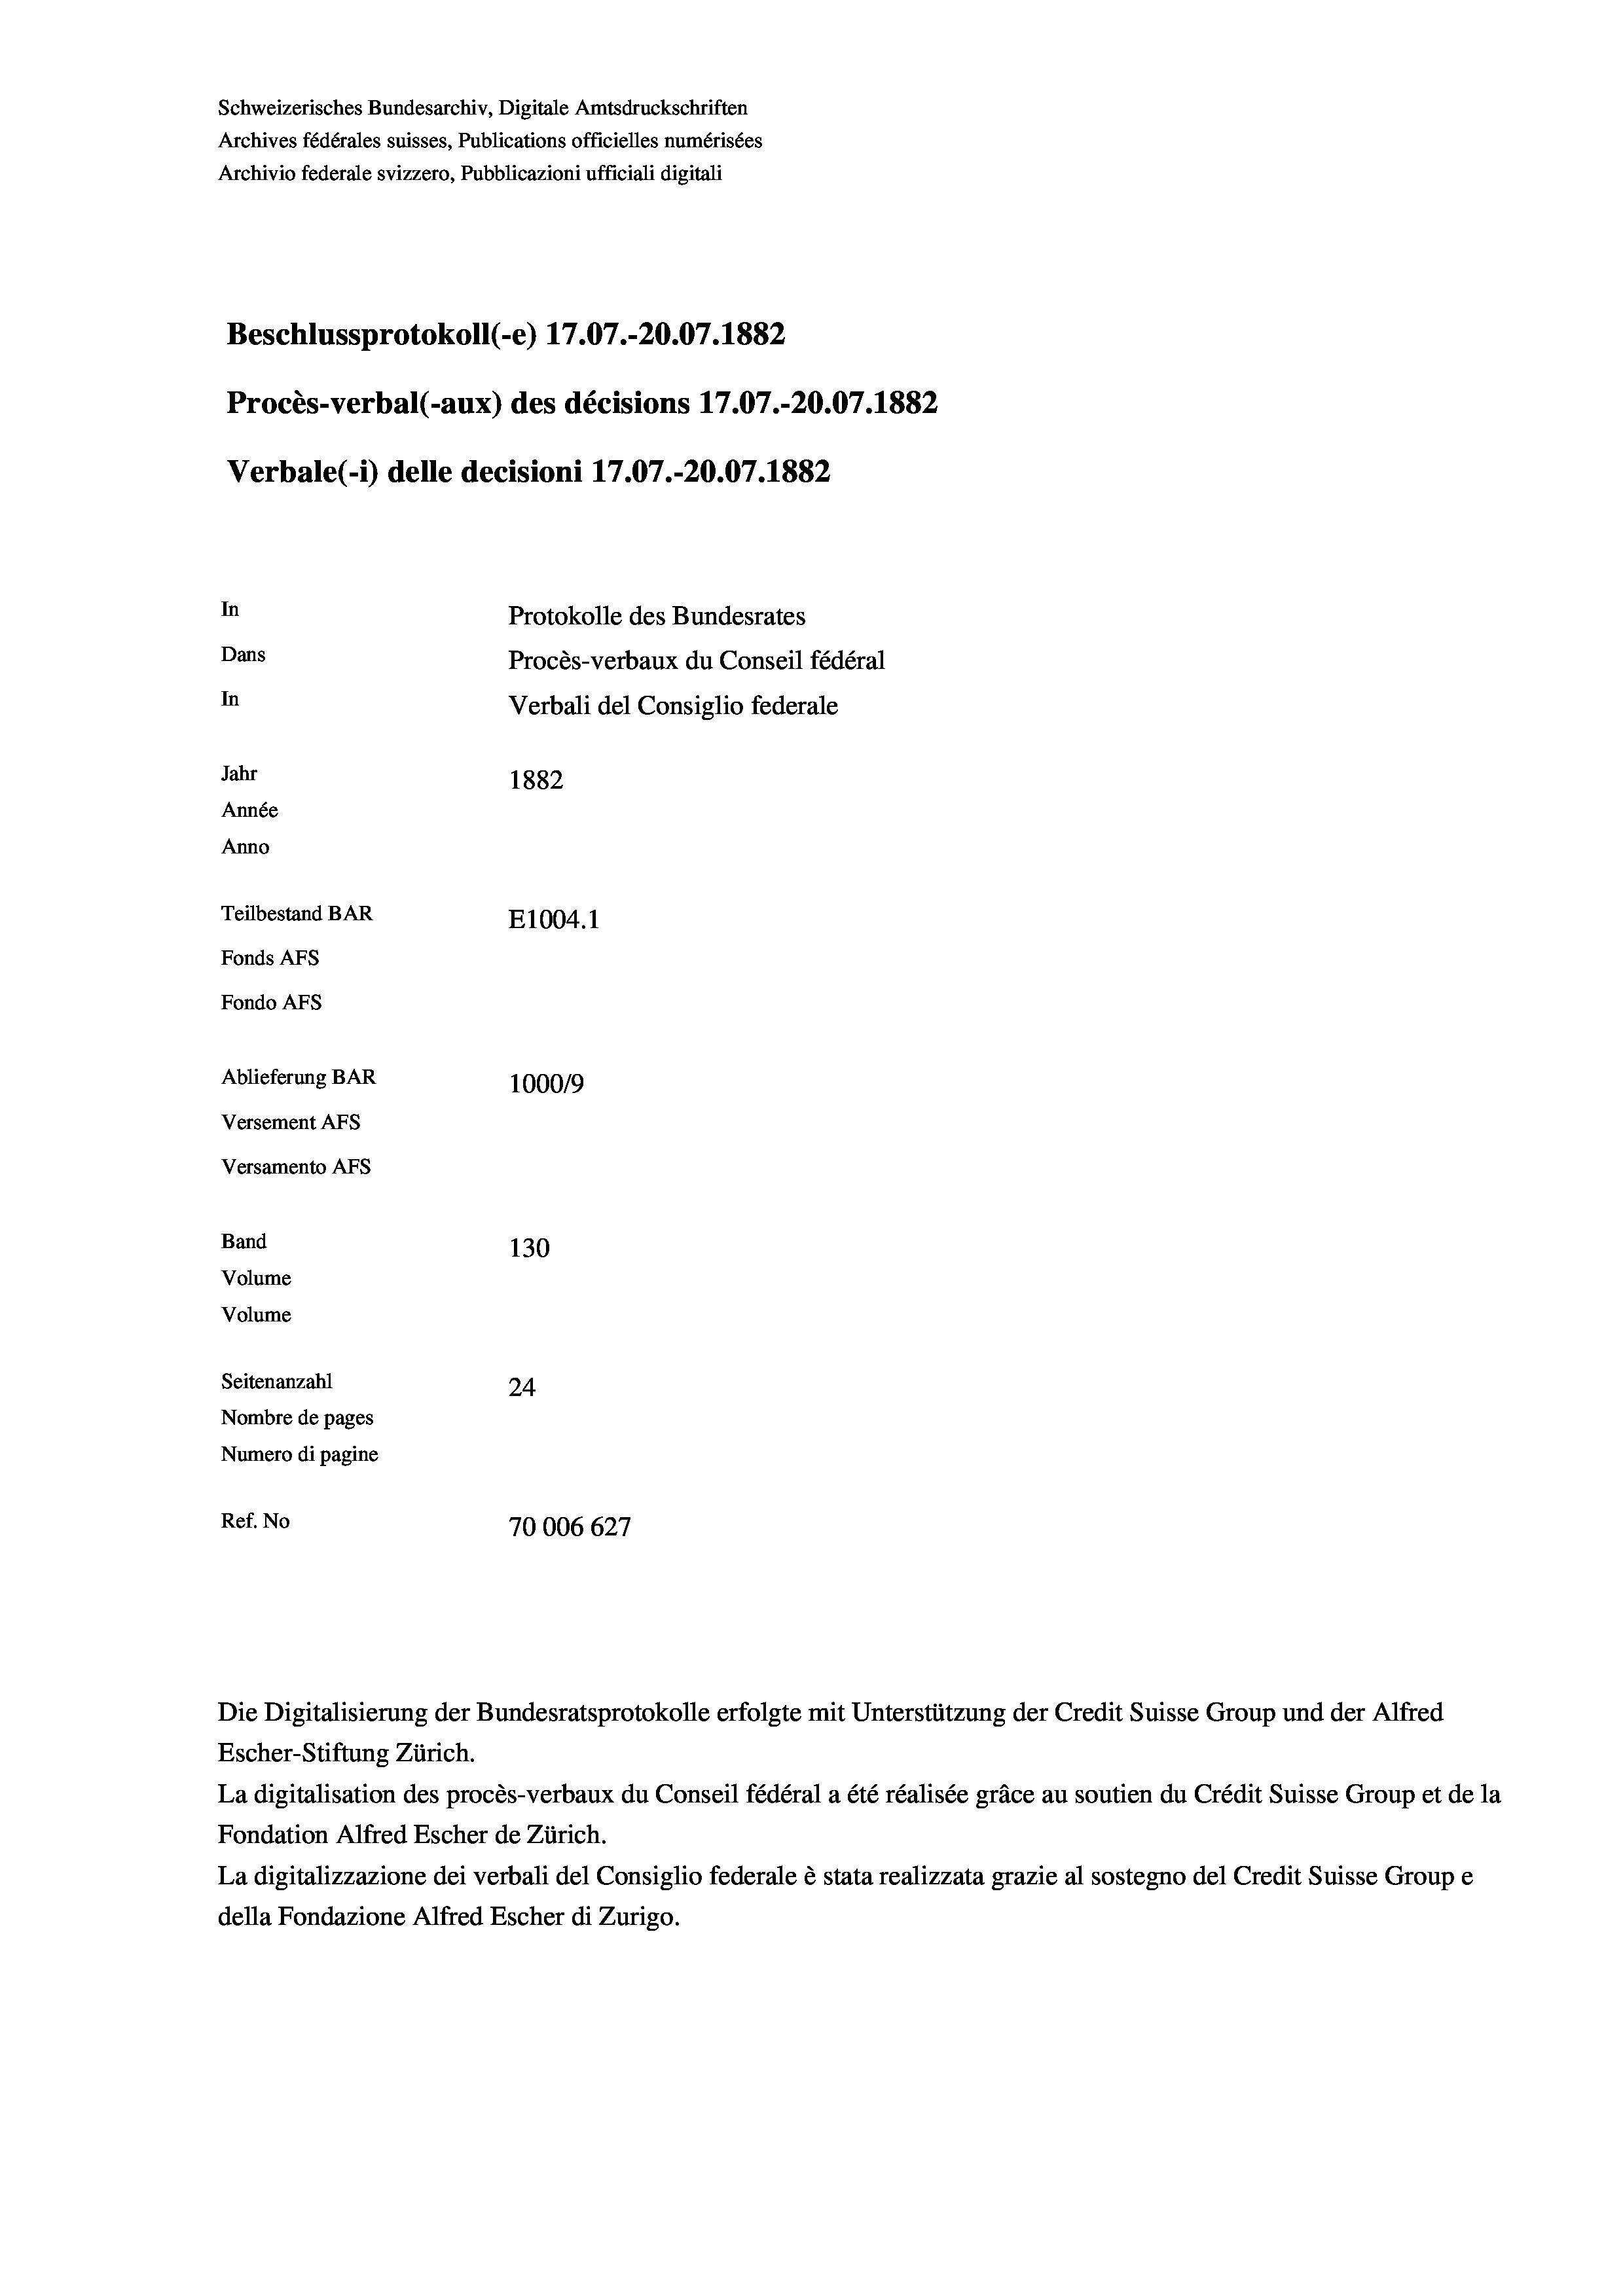
Schweizerisches Bundesarchiv, Digitale Amtsdruckschriften
Archives fédérales suisses, Publications officielles numérisées
Archivio federale svizzero, Pubblicazioni ufficiali digitali
Beschlussprotokoll (-e) 17.07.-20.07. 1882
Procès-verbal (-aux) des décisions 17.07.-20.07. 1882
Verbale(1) delle decisioni 17.07.-20.07. 1882
In
Protokolle des Bundesrates
Dans
Procès-verbaux du Conseil fédéral
In
Verbali del Consiglio federale
Jahr
1882
Année
Anno
Teilbestand BAR
E1004.1
Fonds AFs
Fondo Afs
Ablieferung BAR
100019
Versement AFs
Versamento Afs
Band
130
Volume
Volume
Seitenanzahl
24
Nombre de pages
Numero di pagine
Ref. No
70006 627

Die Digitalisierung der Bundesratsprotokolle erfolgte mit Unterstützung der Credit Suisse Group und der Alfred
Escher-Stiftung Zürich.
La digitalisation des procès-verbaux du Conseil fédéral a été réalisée gräce au soutien du Crédit Suisse Group et de la
Fondation Alfred Escher de Zürich.
La digitalizzazione dei verbali del Consiglio federale è stata realizzata grazie al sostegno del Credit Suisse Groupe
della Fondazione Alfred Escher di Zurigo.